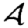
Digit: 4